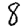
Digit: 8